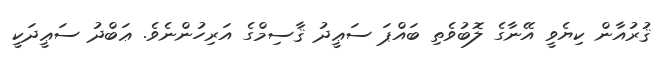
ޤުރުއާން ކިޔެވީ އޭނާގެ ލޮބުވެތި ބައްޕަ ސަޢީދު ޤާސިމްގެ އަރިހުންނެވެ. ޢަބްދު ސަޢީދަކީ